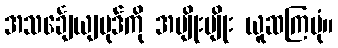
အသင်္ချေယျပုဒ်ကို အမျိုးမျိုး ယူဆကြပုံ။